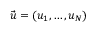
\vec { u } = ( u _ { 1 } , \dotsc , u _ { N } )